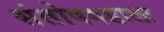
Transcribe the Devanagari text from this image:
संतोषगडाला